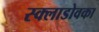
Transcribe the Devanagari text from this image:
स्क्लाडोवका